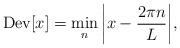
LaTeX: \begin{align*}{\rm Dev}[x] = \min_n \bigg|x -\frac{2\pi n}{L} \bigg|,\end{align*}